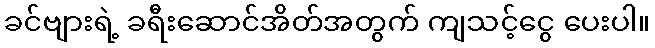
ခင်ဗျားရဲ့ ခရီးဆောင်အိတ်အတွက် ကျသင့်ငွေ ပေးပါ။